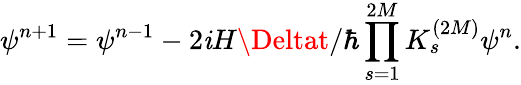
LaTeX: \psi^{n+1}=\psi^{n-1}-2\mathit{i}H\Deltat/\hbar\prod_{s=1}^{2M}K_{s}^{(2M)}\psi^{n}.